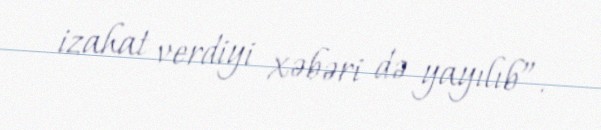
izahat verdiyi xəbəri də yayılıb”.